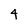
Character: 4